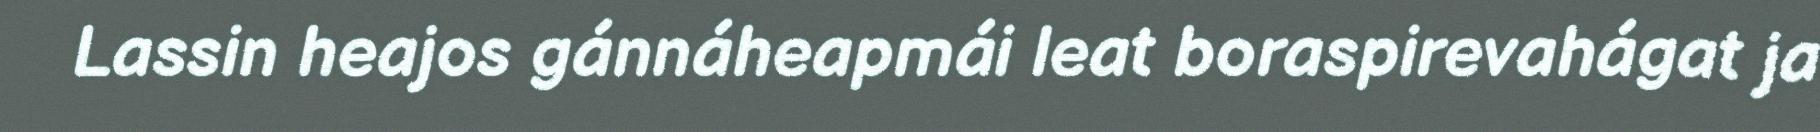
Lassin heajos gánnáheapmái leat boraspirevahágat ja